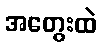
အတွေးထဲ